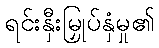
ရင်းနှီးမြှုပ်နှံမှု၏